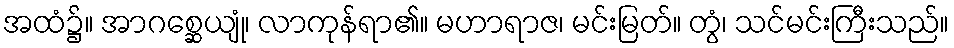
အထံ၌။ အာဂစ္ဆေယျုံ၊ လာကုန်ရာ၏။ မဟာရာဇ၊ မင်းမြတ်။ တွံ၊ သင်မင်းကြီးသည်။